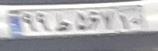
۹۹ط۵۶۷۱۰